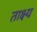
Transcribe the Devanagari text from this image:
ताक्ष्य